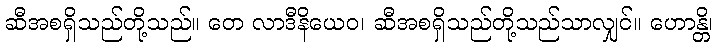
ဆီအစရှိသည်တို့သည်။ တေ လာဒီနိယေဝ၊ ဆီအစရှိသည်တို့သည်သာလျှင်။ ဟောန္တိ၊